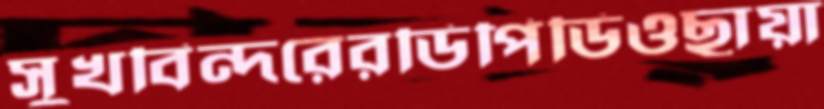
সুখবিন্দরেরডিপিডিওছায়া